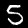
Label: 5